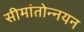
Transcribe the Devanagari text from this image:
सीमांतोन्नयन